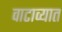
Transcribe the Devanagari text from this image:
वाटाव्यात